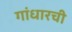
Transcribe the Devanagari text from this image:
गांधारची